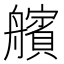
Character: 𮎕